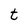
Character: t